Civil Veterinary Dept. North-West Frontier Province 1901-22 - 1901-1922
Year: 1901
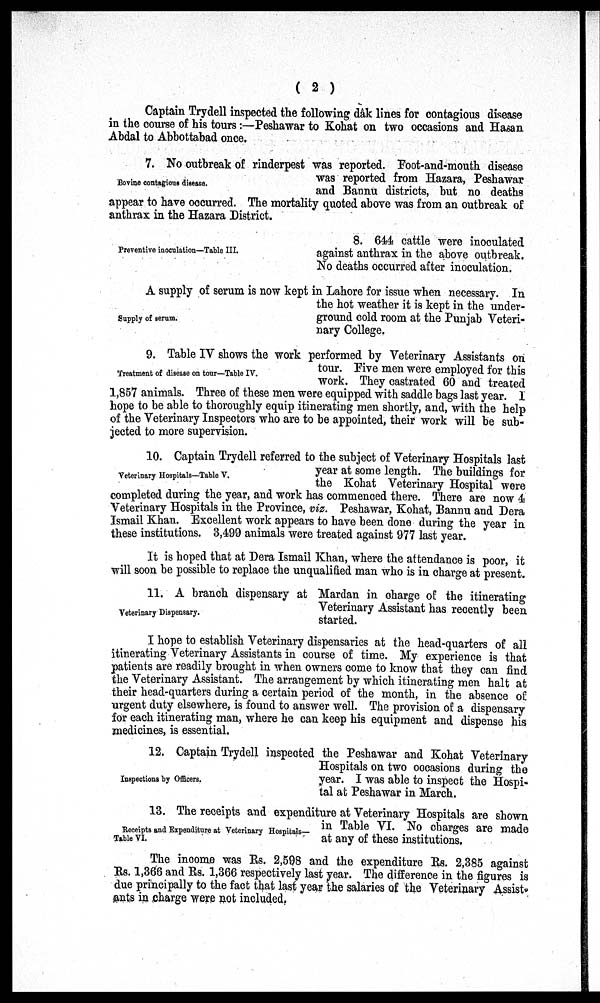
(2)
Captain Trydell inspected the following dâk lines for contagious disease
in the course of his tours:—Peshawar to Kohat on two occasions and Hasan
Abdal to Abbottabad once.
Bovine contagious disease.
7. No outbreak of rinderpest was reported. Foot-and-mouth disease
was reported from Hazara, Peshawar
and Bannu districts, but no deaths
appear to have occurred. The mortality quoted above was from an outbreak of
anthrax in the Hazara District.
Preventive inoculation—Table III.
8. 644 cattle were inoculated
against anthrax in the above outbreak.
No deaths occurred after inoculation.
Supply of serum.
A supply of serum is now kept in Lahore for issue when necessary. In
the hot weather it is kept in the under-
ground cold room at the Punjab Veteri-
nary College.
Treatment of disease on tour—Table IV.
9. Table IV shows the work performed by Veterinary Assistants on
tour. Five men were employed for this
work. They castrated 60 and treated
1,857 animals. Three of these men were equipped with saddle bags last year. I
hope to be able to thoroughly equip itinerating men shortly, and, with the help
of the Veterinary Inspectors who are to be appointed, their work will be sub-
jected to more supervision.
Veterinary Hospitals—Table V.
10. Captain Trydell referred to the subject of Veterinary Hospitals last
year at some length. The buildings for
the Kohat Veterinary Hospital were
completed during the year, and work has commenced there. There are now 4
Veterinary Hospitals in the Province, viz. Peshawar, Kohat, Bannu and Dera
Ismail Khan. Excellent work appears to have been done during the year in
these institutions. 3,499 animals were treated against 977 last year.
It is hoped that at Dera Ismail Khan, where the attendance is poor, it
will soon be possible to replace the unqualified man who is in charge at present.
Veterinary Dispensary.
11. A branch dispensary at Mardan in charge of the itinerating
Veterinary Assistant has recently been
started.
I hope to establish Veterinary dispensaries at the head-quarters of all
itinerating Veterinary Assistants in course of time. My experience is that
patients are readily brought in when owners come to know that they can find
the Veterinary Assistant. The arrangement by which itinerating men halt at
their head-quarters during a certain period of the month, in the absence of
urgent duty elsewhere, is found to answer well. The provision of a dispensary
for each itinerating man, where he can keep his equipment and dispense his
medicines, is essential.
Inspections by Officers.
12. Captain Trydell inspected the Peshawar and Kohat Veterinary
Hospitals on two occasions during the
year. I was able to inspect the Hospi-
tal at Peshawar in March.
Receipts and Expenditure at Veterinary Hospitals—
Table VI.
13. The receipts and expenditure at Veterinary Hospitals are shown
in Table VI. No charges are made
at any of these institutions.
The income was Rs. 2,598 and the expenditure Rs. 2,385 against
Rs. 1,366 and Rs. 1,366 respectively last year. The difference in the figures is
due principally to the fact that last year the salaries of the Veterinary Assist
ants in charge were not included.